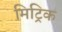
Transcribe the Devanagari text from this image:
मिट्रिक